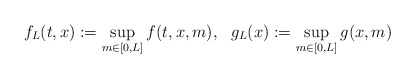
\begin{align*} f_L(t,x) := \sup_{m \in [0,L]} f(t,x,m), ~~ g_L(x) := \sup_{m \in [0,L]} g(x,m)\end{align*}